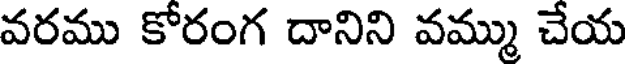
వరము కోరంగ దానిని వమ్ము చేయ